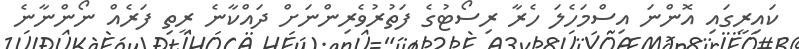
ކައިރީގައި އޮންނަ އިސްމަހެލަ ހެރާ ރިސޯޓުގެ ފަތުރުވެރިންނަށް ދައްކާނެ ރީތި ފަރެއް ނޯންނާނެ